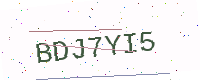
Text: BDJ7YI5